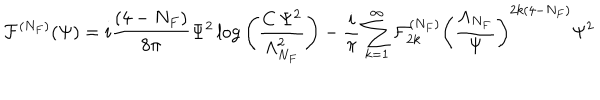
{ \cal F } ^ { ( N _ { F } ) } ( \Psi ) = i \frac { ( 4 - N _ { F } ) } { 8 \pi } \Psi ^ { 2 } \log { \left( \frac { C \, \Psi ^ { 2 } } { \Lambda _ { N _ { F } } ^ { 2 } } \right) } - \frac { i } { \pi } \sum _ { k = 1 } ^ { \infty } { \cal F } _ { 2 k } ^ { ( N _ { F } ) } \left( \frac { \Lambda _ { N _ { F } } } { \Psi } \right) ^ { 2 k ( 4 - N _ { F } ) } \Psi ^ { 2 }